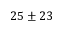
2 5 \pm 2 3